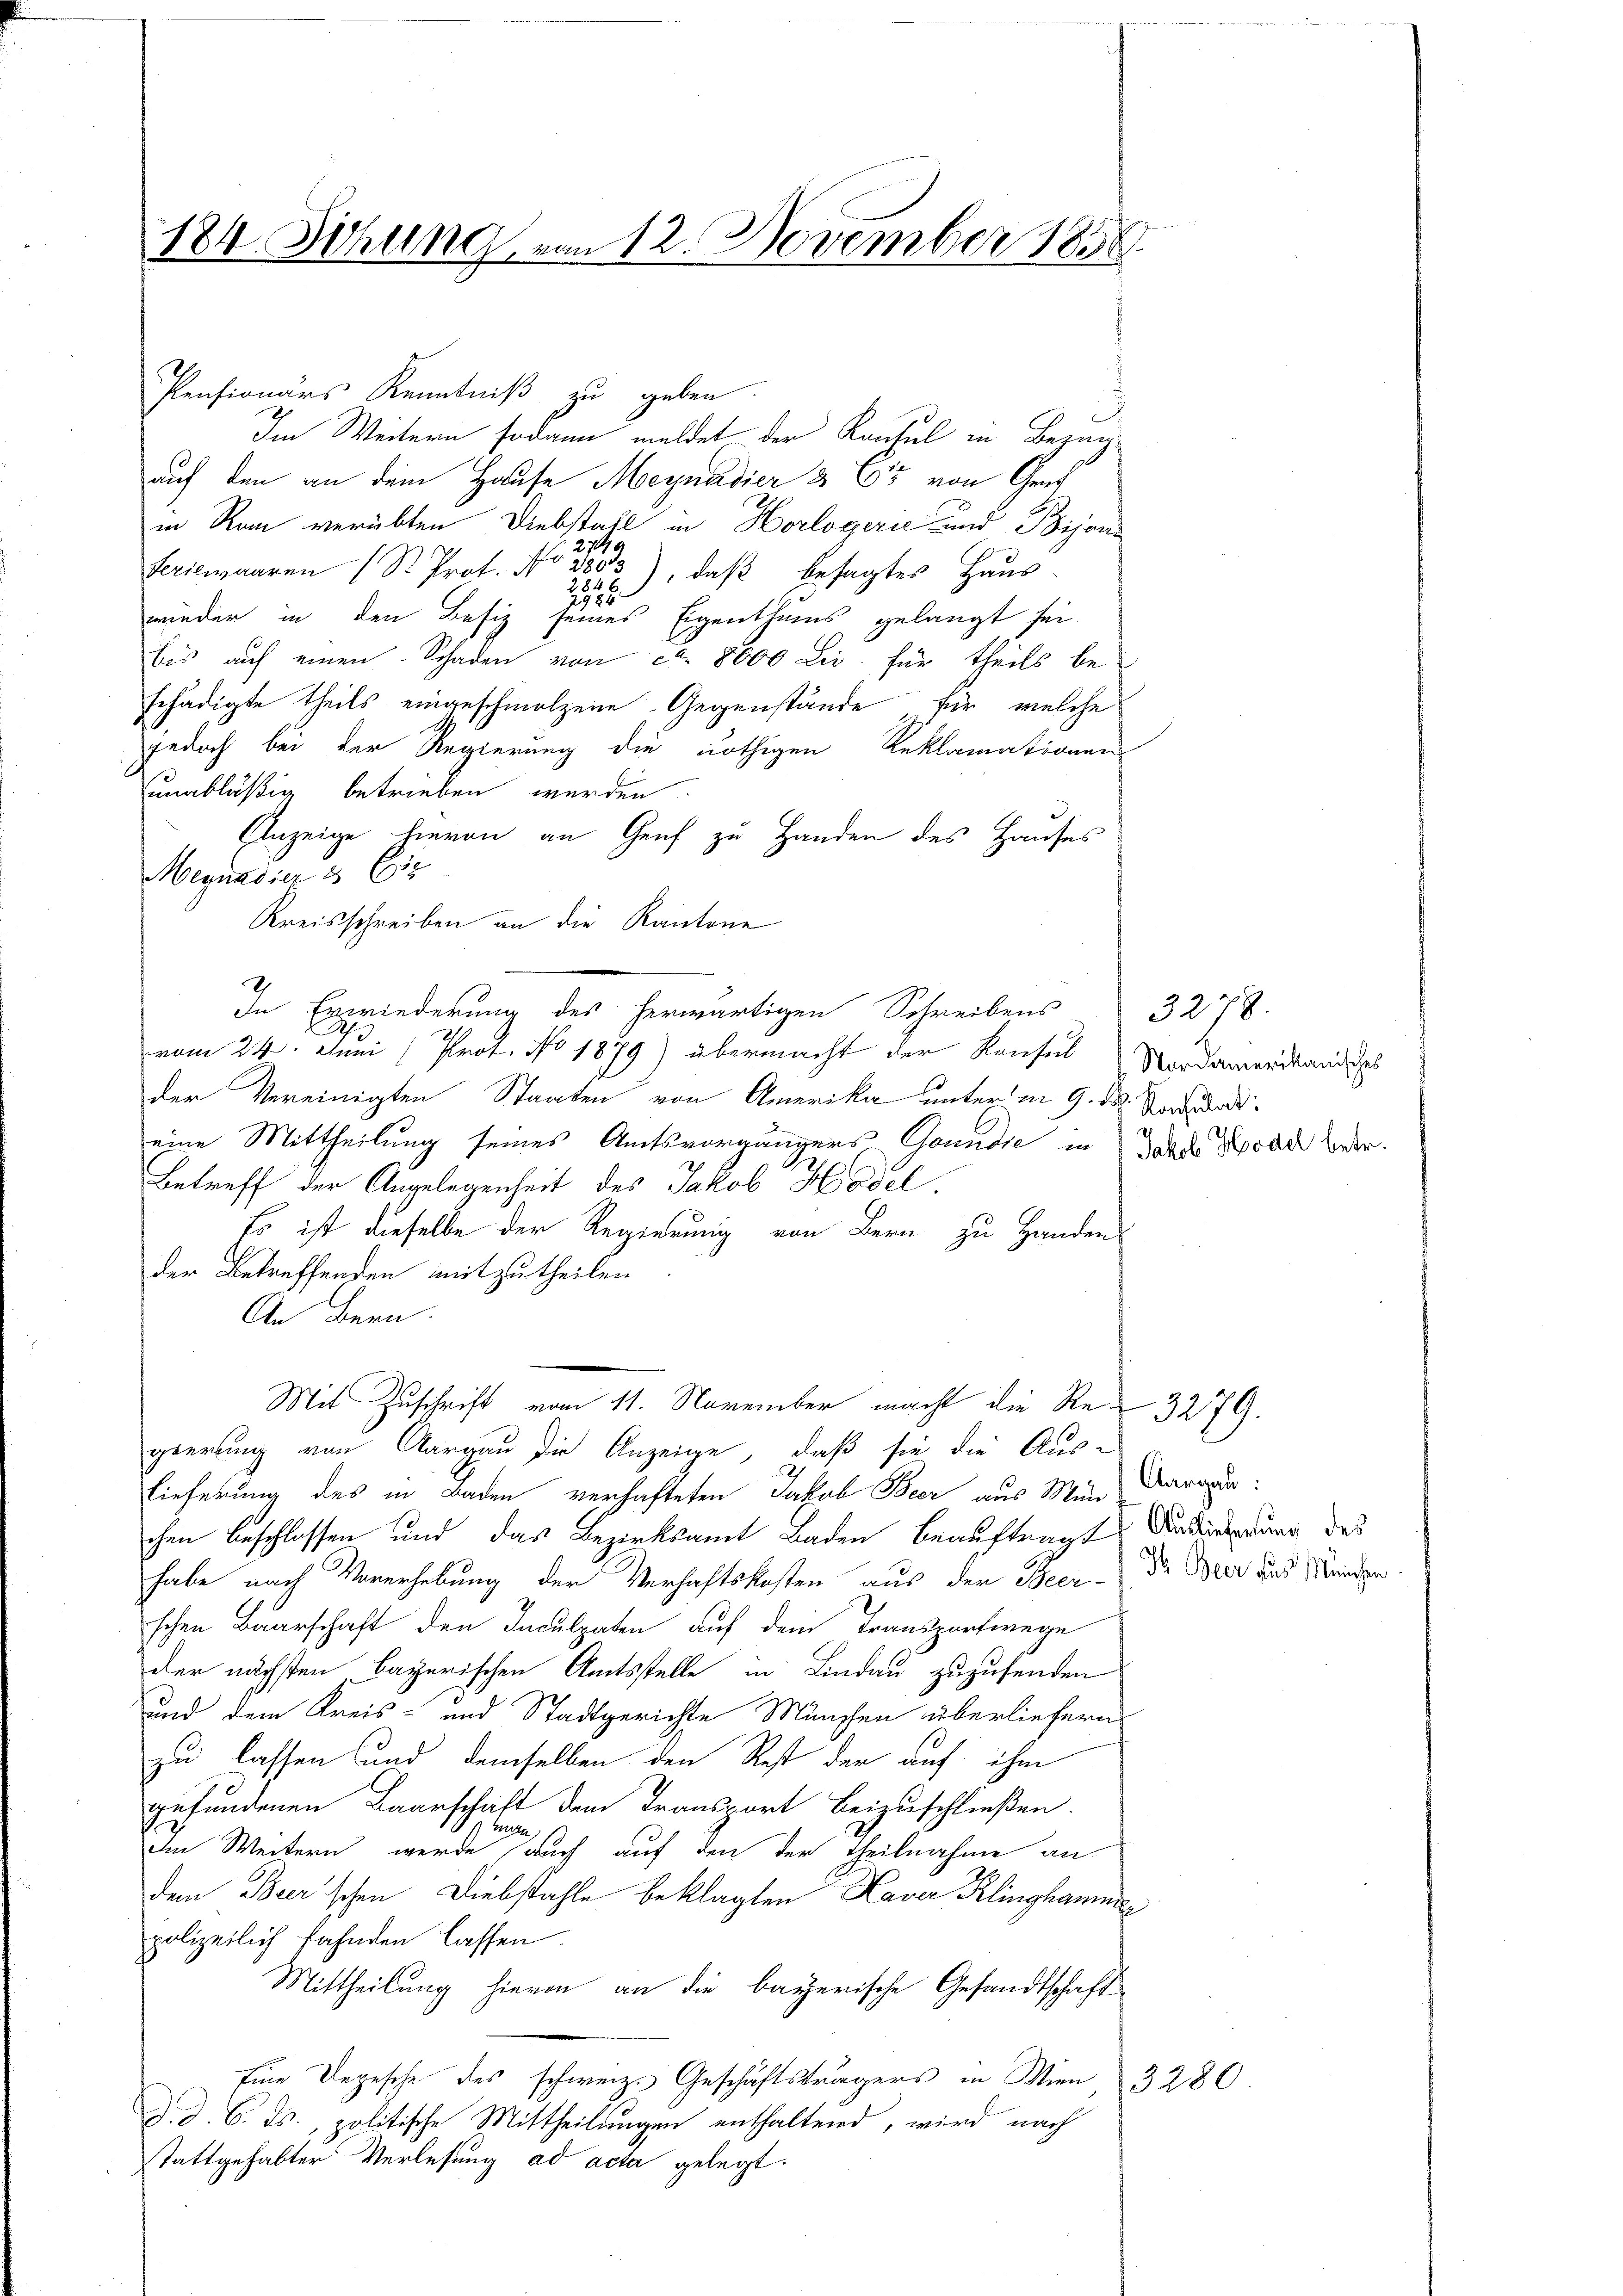
184 Sitzung von 12. November 1858.

Pensionärs Kenntniß zu geben.
Im Weitern sodann meldet der Konsul in Bezug
auf den an dem Hause Meynadier & Cie von Gru
in Rau verübten Diebstall in Horlogerić und Bijani
Feriewaaren (S. Prof. No. 303), daß besagtes Haus
2
2525
wieder in den Besiz seines Eigenthums gelangt sei
bis auf einen Schaden von ca. 8600 Lii für theils beschädigte theils eingeschmolzene Gegenstände für welche
jedoch bei der Regierung die nöthigen Reklamationen
unabläßig betrieben werden
Anzeige hievon an Genf zu Handen des Hauses
Megnadier 3 (13
Kreisschreiben an die Kantone
2
In Erwiederung des herwärtigen Schreibens 3278.
vom 24. Juni (Prof. No 1879) übermacht der Konsul Nordamenstande
der Vereinigten Staaten von Amerika unter in 9. ds. Sod
eine Mittheilung seines Amtsvorgängers Grunde in des Woad weder.
Betreff der Angelegenheit des Jakob Hödel.
Es ist dieselbe der Regierung von Bern zu Handen
der Betreffenden mitzutheilen
An Bern.
Mit Zuschrift vom 11. November macht die Re-3279.
gierung von Aargau die Anzeige, daß sie die Aus-
lieferung des in Baden verhafteten Jakob Beer aus Mün-Aargau:
chen beschlossen und das Bezirksamt Baden beauftragte Ferdingerung des
habe nach Vorerhebung der Verhaftskosten aus der Beer- Der Bier das Menden
schen Baarschaft den Faculpaten auf dem Transportwege
der nächsten bayerischen Amtsstelle in Lindau zuzusenden
und dem Kreis- und Stadtgerichte München überliefern.
zu lassen und demselben den Rest der auf ihm
gefundenen Baarschaft dem Transport beizuschließen.
r
im Weitern werde auch auf den der Theilnahme an
dem Beer'schen Diebstahle beklagten Laver Klinghamme
polizeilich fahnden lassen.
Mittheilung hievon an die bayerische Gesandtschaft
Eine Depesche des schweiz. Geschäftsträgers in Wien, 3280
d. d. 6. ds., politische Mittheilungen enthaltend, wird nach
stattgehabter Verlesung ad acta gelegt.